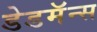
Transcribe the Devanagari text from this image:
डेडमॅन्स